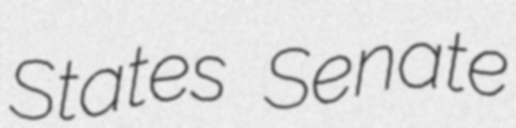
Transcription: States Senate